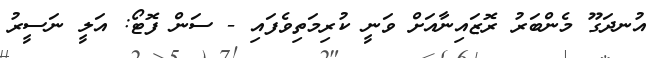
އުނދަގޫ މެންބަރު ރޮޒައިނާއަށް ވަނީ ކުރިމަތިވެފައި - ސަން ފޮޓޯ: އަލީ ނަސީރު